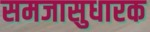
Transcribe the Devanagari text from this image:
समजासुधारक